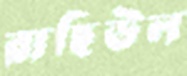
রাছিউল